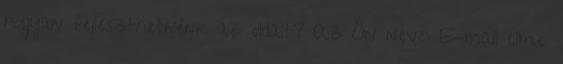
hogyan fejleszthetnénk az oldalt? Az Ön neve: E-mail címe: